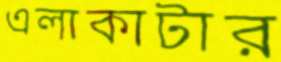
এলাকাটার